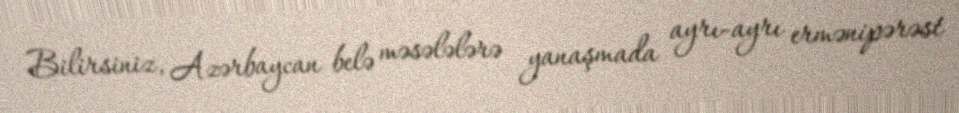
Bilirsiniz, Azərbaycan belə məsələlərə yanaşmada ayrı-ayrı ermənipərəst